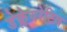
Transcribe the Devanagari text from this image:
डेक्लेयरेटिव